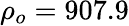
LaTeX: {\rho_{o}}=907.9